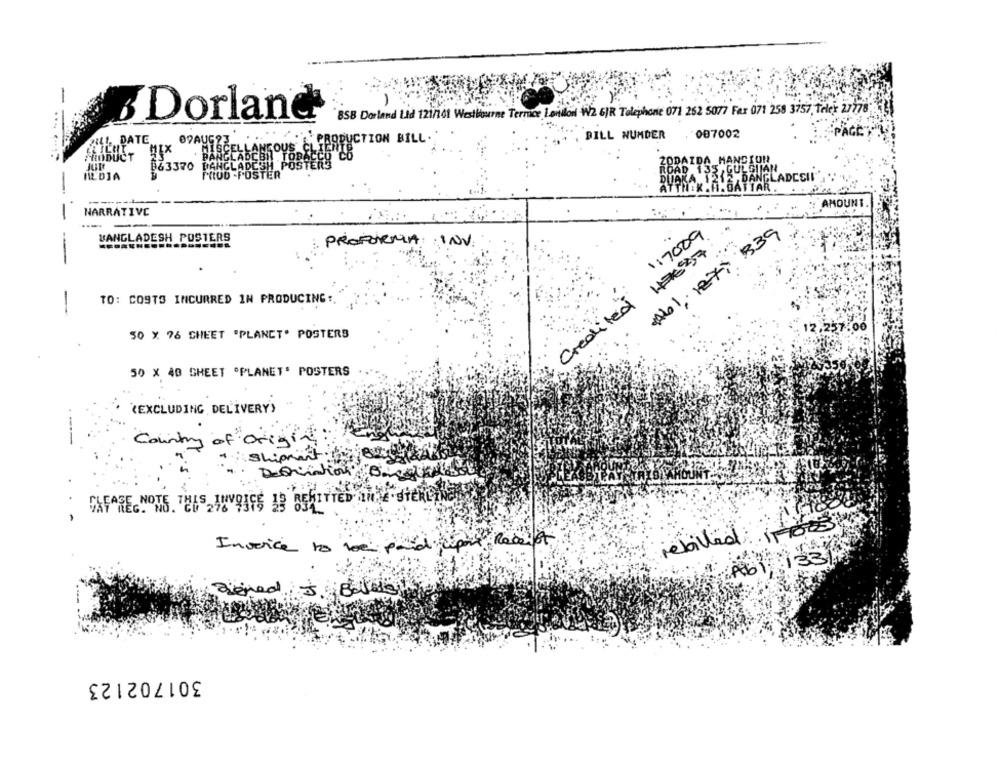
-
B Dorland
858 De la
21/101 Westbourne Termce Lonilon W2 6)R Telephone 071 262 5077 Far 071 258 3757, Telek 27778;
PILI, DATE
BILL NUMDER
087002
PACE
BILL
MIX
PRODUCT
863370
"GULE
ALDIA
OD -F
LADCELI
-
------
AMOUNT.
-
NARRATIVE
--
Ab1. 127: 339
BANGLADESH POSTERS
1:7009
=====.......
PROFORMA: INV.
-
TO: COSTS INCURRED IN PRODUCING:
Credited
50 X 76 CHEET "PLANET. POSTERS
50 X 40 SHEET "PLANET' POSTERS
(EXCLUDING DELIVERY>
----
Country of origin
Shipment :
; CAFARE. NOTE. TUUS 230 919 13 BE FITTED IN STERONE !!
relived in05
Invoice to be paid cipit
Ab1 133
avered J Balde
301702123